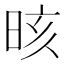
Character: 晐